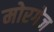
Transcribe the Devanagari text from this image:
मोरगेज